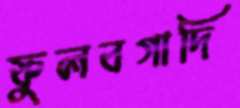
ফুলবগাদি